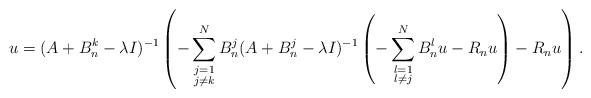
LaTeX: \begin{align*}u=(A+B^k_n-\lambda I)^{-1}\left(-\sum_{\substack{j=1\\j\neq k}}^NB^j_n (A+B^j_n-\lambda I)^{-1}\left(-\sum_{\substack{l=1\\l\neq j}}^NB^l_nu-R_nu\right)-R_nu\right).\end{align*}